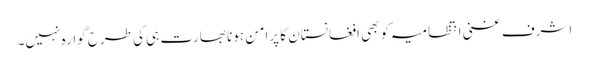
اشرف غنی انتظامیہ کو بھی افغانستان کا پرامن ہونا بھارت ہی کی طرح گوارہ نہیں۔